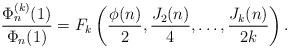
LaTeX: \begin{align*}\frac{\Phi_n^{(k)}(1)}{\Phi_n(1)} = F_k \left(\frac{\phi(n)}{2}, \frac{J_2(n)}{4}, \dots, \frac{J_k(n)}{2k} \right).\end{align*}